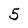
Character: 5